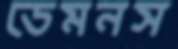
ডেমনস